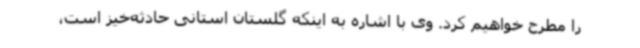
را مطرح خواهیم کرد. وی با اشاره به اینکه گلستان استانی حادثه‌خیز است،